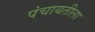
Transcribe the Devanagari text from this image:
पंचायतीला